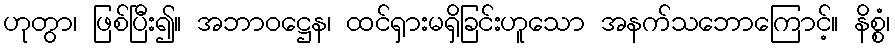
ဟုတွာ၊ ဖြစ်ပြီး၍။ အဘာဝဋ္ဌေန၊ ထင်ရှားမရှိခြင်းဟူသော အနက်သဘောကြောင့်။ နိစ္စံ၊